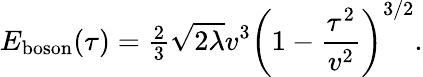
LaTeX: E_{\mathrm{boson}}(\tau)={\textstyle{\frac{2}{3}}}\sqrt{2\lambda}v^{3}\left(1-{\frac{\tau^{2}}{v^{2}}}\right)^{3/2}.